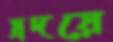
হ্রদয়ে